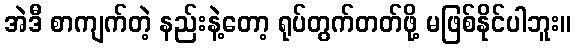
အဲဒီ စာကျက်တဲ့ နည်းနဲ့တော့ ရုပ်တွက်တတ်ဖို့ မဖြစ်နိုင်ပါဘူး။